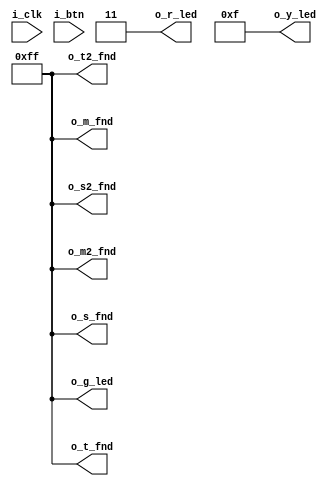
// Copyright (C) 2022  Intel Corporation. All rights reserved.
// Your use of Intel Corporation's design tools, logic functions 
// and other software and tools, and any partner logic 
// functions, and any output files from any of the foregoing 
// (including device programming or simulation files), and any 
// associated documentation or information are expressly subject 
// to the terms and conditions of the Intel Program License 
// Subscription Agreement, the Intel Quartus Prime License Agreement,
// the Intel FPGA IP License Agreement, or other applicable license
// agreement, including, without limitation, that your use is for
// the sole purpose of programming logic devices manufactured by
// Intel and sold by Intel or its authorized distributors.  Please
// refer to the applicable agreement for further details, at
// https://fpgasoftware.intel.com/eula.

`define ST_INIT			(3'd0) /* 000 */
`define ST_IDLE			(3'd1) /* 001 */
`define ST_RUN				(3'd2) /* 010 */
`define ST_STOP			(3'd3) /* 011 */

module LED_SHIFT
(
// {ALTERA_ARGS_BEGIN} DO NOT REMOVE THIS LINE!
	i_clk,
	i_btn,
	
	o_g_led,
	o_r_led,
	o_y_led,
	o_t_fnd,
	o_t2_fnd,
	o_m_fnd,
	o_m2_fnd,
	o_s_fnd,
	o_s2_fnd	
// {ALTERA_ARGS_END} DO NOT REMOVE THIS LINE!
);

// {ALTERA_IO_BEGIN} DO NOT REMOVE THIS LINE!
parameter	sys_clk = 1000000;

/* GPIO :: PIN SETTING */
input				i_clk;
input				i_btn;

output [7:0] 	o_g_led;
output [1:0] 	o_r_led;
output [3:0] 	o_y_led;
output [7:0]	o_t_fnd;
output [7:0]	o_t2_fnd;
output [7:0]	o_m_fnd;
output [7:0]	o_m2_fnd;
output [7:0]	o_s_fnd;
output [7:0]	o_s2_fnd;

/* REG :: TIMER CLOCK */
reg [31:0]	r_clk_cnt;

/* REG :: LED LOGIC */
reg [7:0] 	r_g_led_status;
reg [7:0] 	c_g_led_status;
reg r_timer_en;
reg c_timer_en;

/* REG :: STATUS */
reg [2:0] 	r_state;
reg [2:0] 	c_next_state;

/* REG :: STATUS or EVENT CHECK */
reg r_init_ok;
reg r_btn_press;

// {ALTERA_IO_END} DO NOT REMOVE THIS LINE!
// {ALTERA_MODULE_BEGIN} DO NOT REMOVE THIS LINE!
initial
begin
	r_clk_cnt <= 32'b0;			// TIMER CNT INIT
	r_timer_en <= 1'b0;			// TIMER FLAG
	r_g_led_status <= 8'b0; 	// LED STATUS INIT
	
	r_btn_press <= 1'b0;			// BTN INIT
	
	r_init_ok <= 1'b1;			// INIT FLAG
	r_state <= `ST_INIT;			// SET SYSTEM STATUS
end

/* BUTTON - FLIP FLOP */
always @ (posedge i_clk) 
begin
	/* BUTTON PRESSED */
	if (!i_btn)
	begin
		r_btn_press <= 1;
	end
	
	/* NOT PRESSED */
	else
	begin
		r_state <= c_next_state;
		r_btn_press <= 0;
	end	
end

/* TIMER ENABLE CHK */
always @ (posedge i_clk)
begin
	r_timer_en <= c_timer_en;	
end

/* TIMER - FLIP FLOP */
always @ (posedge i_clk)
begin

	if (!r_timer_en)
	begin
		r_clk_cnt <= 0;
	end
	
	else
	begin
		/* CLOCK COUNTING */
		if(r_clk_cnt < 5000000)
		begin
			r_clk_cnt <= r_clk_cnt + 1;
		end		
		/* CLOCK RESET */
		else		
		begin
			r_clk_cnt <= 0;
		end		
	end
end

/* LED SHIFTER - FLIP FLOP */
always @ (posedge i_clk)
begin
	
	if (!r_timer_en)
	begin
		r_g_led_status <= 0;
	end

	else
	begin
		/* CLOCK COUNTING */
		if(r_clk_cnt == 0)
		begin		
			/* LED STATUS INIT */
			if(r_g_led_status == 0)
			begin
				r_g_led_status <= 8'h01;			
			end			
			/* LED SHIFT */
			else
			begin
				r_g_led_status <= r_g_led_status << 1;			
			end			
		end		
	end
end

/* Combinational Logic */
always @(*)
begin
	c_timer_en = 0;	
	c_next_state = r_state;
	
	case (r_state)
		`ST_INIT:	
		begin
			if (r_init_ok) begin
				c_next_state = `ST_IDLE;
			end
		end
		
		`ST_IDLE:	
		begin
			if (r_btn_press) begin
				c_next_state = `ST_RUN;
			end
		end
		
		`ST_RUN:
		begin
			if(r_btn_press) begin
				c_next_state = `ST_STOP;
			end
			
			else begin
				c_timer_en = 1;
				c_next_state = `ST_RUN;
			end
		end
		
		`ST_STOP:
		begin
			if(r_btn_press) begin
				c_next_state = `ST_RUN;
			end
			
			else begin
				c_timer_en = 0;
				c_next_state = `ST_STOP;
			end
		end
	endcase	
end

/* LED ASSIGN */
//assign o_g_led = r_g_led_status;

/* LED - FULL DRIVE */
assign o_g_led = 8'hFF;
assign o_r_led = 2'b11;
assign o_y_led = 4'hF;

/* FND - FULL DRIVE */
assign o_t_fnd = 8'hFF;
assign o_t2_fnd = 8'hFF;
assign o_m_fnd = 8'hFF;
assign o_m2_fnd = 8'hFF;
assign o_s_fnd = 8'hFF;
assign o_s2_fnd = 8'hFF;

// {ALTERA_MODULE_END} DO NOT REMOVE THIS LINE!
endmodule